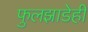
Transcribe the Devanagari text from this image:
फुलझाडेही